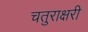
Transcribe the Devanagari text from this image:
चतुराक्षरी